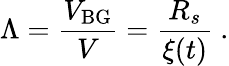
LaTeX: \Lambda=\frac{V_{\mathrm{BG}}}{V}=\frac{R_{s}}{\xi(t)}\ .